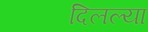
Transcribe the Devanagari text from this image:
दिलल्या